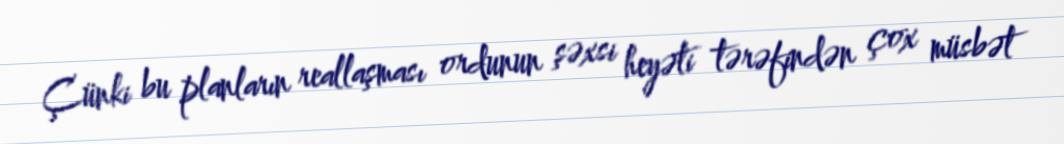
Çünki bu planların reallaşması ordunun şəxsi heyəti tərəfindən çox müsbət